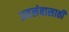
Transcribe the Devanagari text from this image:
अवलंबासाठी